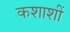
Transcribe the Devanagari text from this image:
कशाशीं